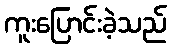
ကူးပြောင်းခဲ့သည်